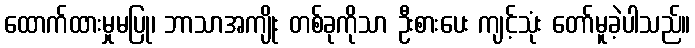
ထောက်ထားမှုမပြု၊ ဘာသာအကျိုး တစ်ခုကိုသာ ဦးစားပေး ကျင့်သုံး တော်မူခဲ့ပါသည်။